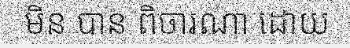
មិន បាន ពិចារណា ដោយ